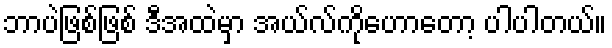
ဘာပဲဖြစ်ဖြစ် ဒီအထဲမှာ အယ်လ်ကိုဟောတော့ ပါပါတယ်။